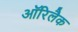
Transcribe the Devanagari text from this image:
ऑरिलैक